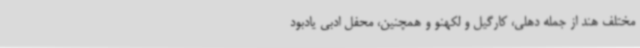
مختلف هند از جمله دهلی، کارگیل و لکهنو و همچنین، محفل ادبی یادبود